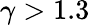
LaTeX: \gamma>1.3